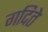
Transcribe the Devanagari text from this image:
गदिते